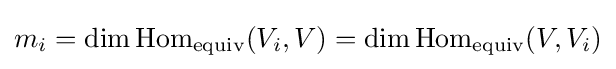
m_{i}=\dim \operatorname {Hom} _{\text{equiv}}(V_{i},V)=\dim \operatorname {Hom} _{\text{equiv}}(V,V_{i})